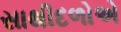
સાથીદળોએ